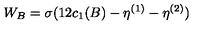
W _ { B } = \sigma ( 1 2 c _ { 1 } ( B ) - \eta ^ { ( 1 ) } - \eta ^ { ( 2 ) } )